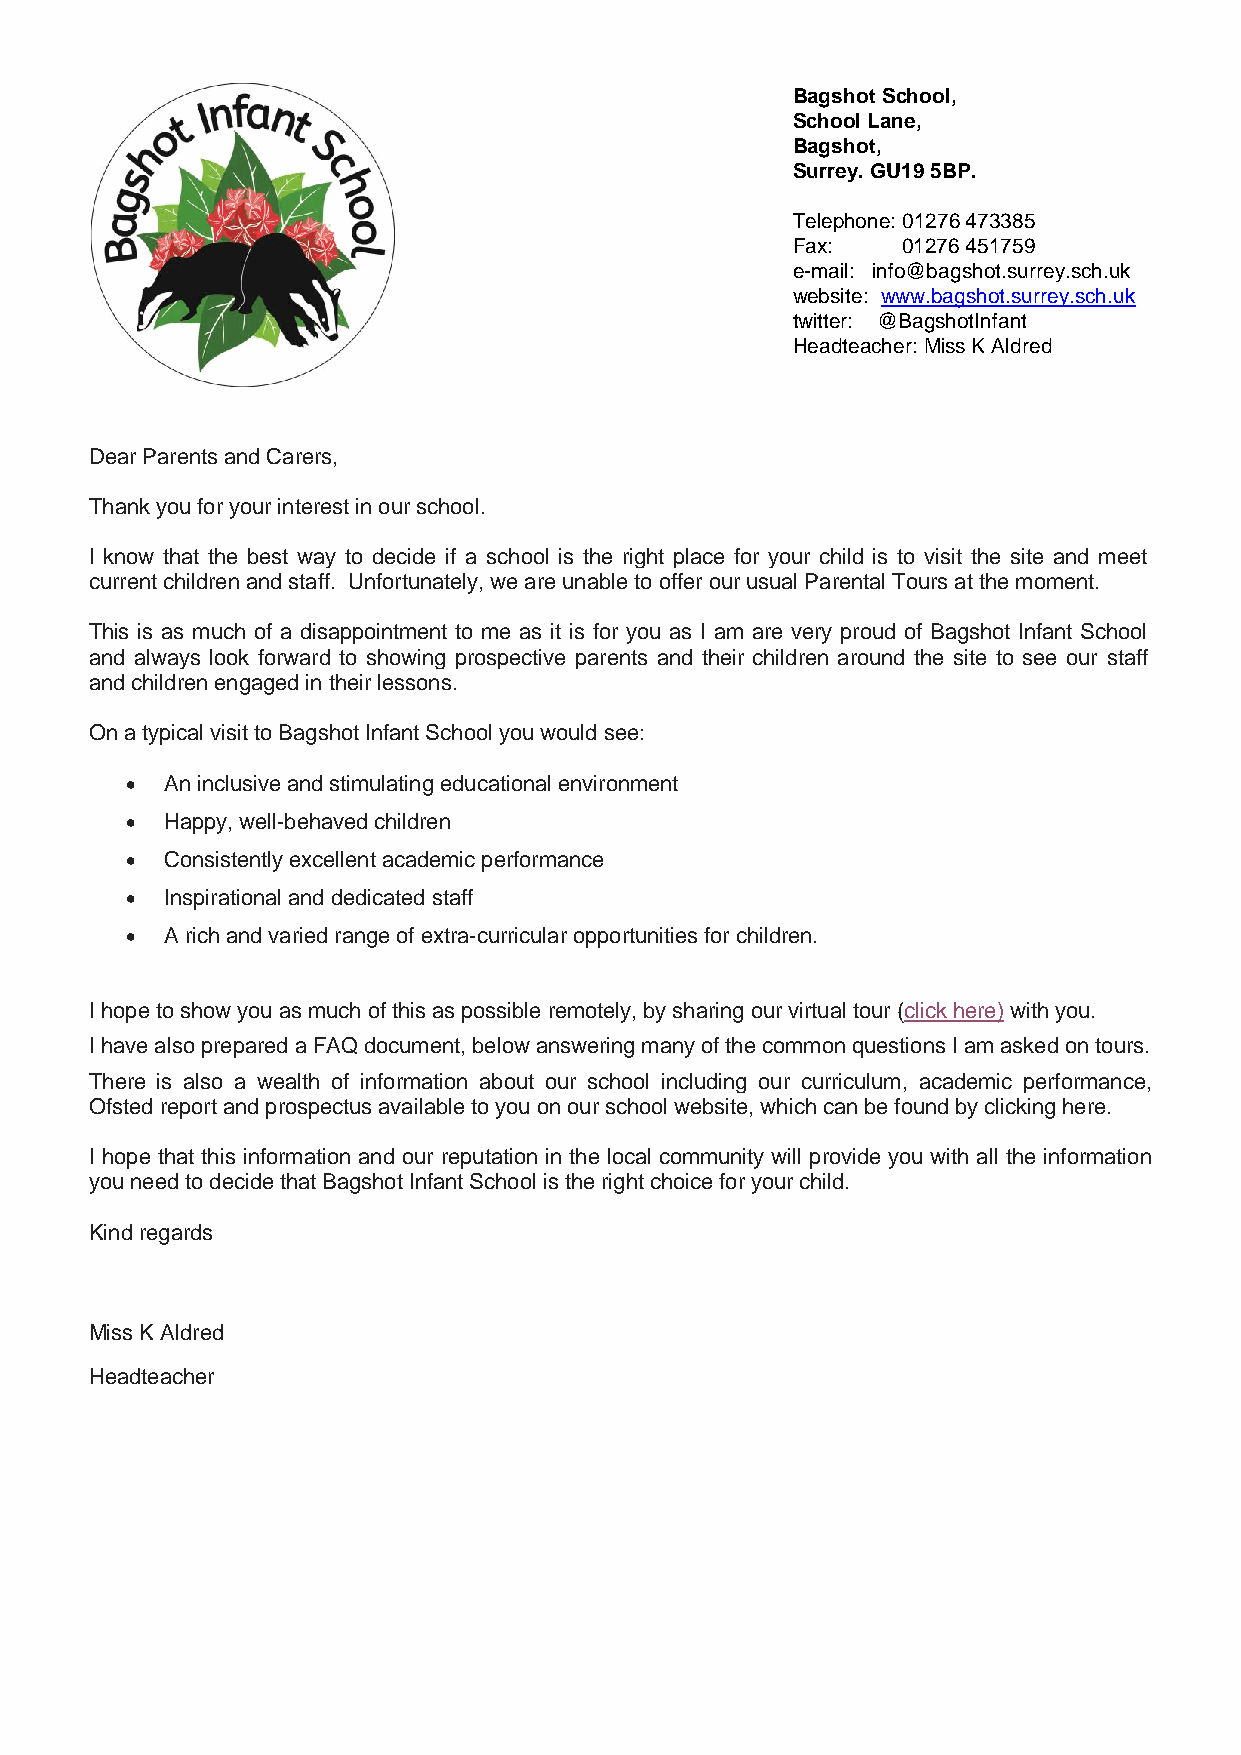
Bagshot School,
 School Lane,
 Bagshot,
 Surrey. GU19 5BP.
 Telephone: 01276 473385
 Fax:    01276 451759
 e-mail: info@bagshot.surrey.sch.uk
 website: www.bagshot.surrey.sch.uk
 twitter: @BagshotInfant
 Headteacher: Miss K Aldred
 Dear Parents and Carers,
 Thank you for your interest in our school.
 I know that the best way to decide if a school is the right place for your child is to visit the site and meet
 current children and staff. Unfortunately, we are unable to offer our usual Parental Tours at the moment.
 This is as much of a disappointment to me as it is for you as I am are very proud of Bagshot Infant School
 and always look forward to showing prospective parents and their children around the site to see our staff
 and children engaged in their lessons.
 On a typical visit to Bagshot Infant School you would see:
 •  An inclusive and stimulating educational environment
 •  Happy, well-behaved children
 •  Consistently excellent academic performance
 •  Inspirational and dedicated staff
 •  A rich and varied range of extra-curricular opportunities for children.
 I hope to show you as much of this as possible remotely, by sharing our virtual tour (click here) with you.
 I have also prepared a FAQ document, below answering many of the common questions I am asked on tours.
 There is also a wealth of information about our school including our curriculum, academic performance,
 Ofsted report and prospectus available to you on our school website, which can be found by clicking here.
 I hope that this information and our reputation in the local community will provide you with all the information
 you need to decide that Bagshot Infant School is the right choice for your child.
 Kind regards
 Miss K Aldred
 Headteacher